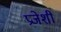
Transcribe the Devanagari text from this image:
प्रजेशी